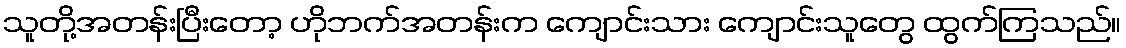
သူတို့အတန်းပြီးတော့ ဟိုဘက်အတန်းက ကျောင်းသား ကျောင်းသူတွေ ထွက်ကြသည်။